Report of the Indian Hemp Drugs Commission, 1894-1895 - Volume VI
Year: 1894
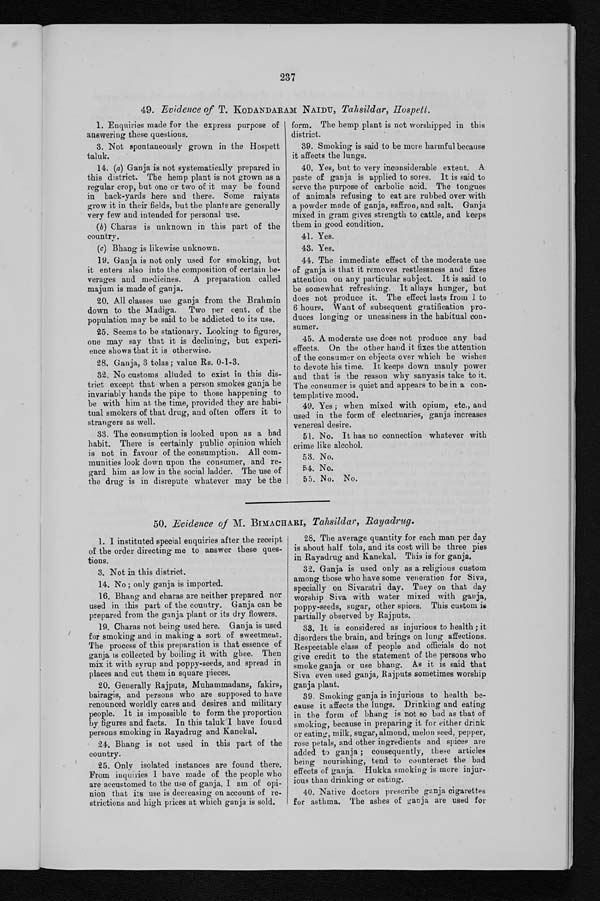
237
49. Evidence of T. KODANDARAM NAIDU, Tahsildar, Hospett.
1. Enquiries made for the express purpose of
answering these questions.
3. Not spontaneously grown in the Hospett
taluk.
14. (a) Ganja is not systematically prepared in
this district. The hemp plant is not grown as a
regular crop, but one or two of it may be found
in back-yards here and there. Some raiyats
grow it in their fields, but the plants are generally
very few and intended for personal use.
(b) Charas is unknown in this part of the
country.
(c) Bhang is likewise unknown.
19. Ganja is not only used for smoking, but
it enters also into the composition of certain be-
verages and medicines. A preparation called
majum is made of ganja.
20. All classes use ganja from the Brahmin
down to the Madiga. Two per cent. of the
population may be said to be addicted to its use.
25. Seems to be stationary. Looking to figures,
one may say that it is declining, but experi-
ence shows that it is otherwise.
28. Ganja, 3 tolas; value Rs. 0-1-3.
32. No customs alluded to exist in this dis-
trict except that when a person smokes ganja he
invariably hands the pipe to those happening to
be with him at the time, provided they are habi-
tual smokers of that drug, and often offers it to
strangers as well.
33. The consumption is looked upon as a bad
habit. There is certainly public opinion which
is not in favour of the consumption. All com-
munities look down upon the consumer, and re-
gard him as low in the social ladder. The use of
the drug is in disrepute whatever may be the
form. The hemp plant is not worshipped in this
district.
39. Smoking is said to be more harmful because
it affects the lungs.
40. Yes, but to very inconsiderable extent. A
paste of ganja is applied to sores. It is said to
serve the purpose of carbolic acid. The tongues
of animals refusing to eat are rubbed over with
a powder made of ganja, saffron, and salt. Ganja
mixed in gram gives strength to cattle, and keeps
them in good condition.
41. Yes.
43. Yes.
44. The immediate effect of the moderate use
of ganja is that it removes restlessness and fixes
attention on any particular subject. It is said to
be somewhat refreshing. It allays hunger, but
does not produce it. The effect lasts from 1 to
6 hours. Want of subsequent gratification pro-
duces longing or uneasiness in the habitual con-
sumer.
45. A moderate use does not produce any bad
effects. On the other hand it fixes the attention
of the consumer on objects over which he wishes
to devote his time. It keeps down manly power
and that is the reason why sanyasis take to it.
The consumer is quiet and appears to be in a con-
templative mood.
49. Yes ; when mixed with opium, etc., and
used in the form of electuaries, ganja increases
venereal desire.
51. No. It has no connection whatever with
crime like alcohol.
53. No.
54. No.
55. No. No.
50. Evidence of M. BIMACHARI, Tahsildar, Rayadrug.
1. I instituted special enquiries after the receipt
of the order directing me to answer these ques-
tions.
3. Not in this district.
14. No ; only ganja is imported.
16. Bhang and Charas are neither prepared nor
used in this part of the country. Ganja can be
prepared from the ganja plant or its dry flowers.
19. Charas not being used here. Ganja is used
for smoking and in making a sort of sweetmeat.
The process of this preparation is that essence of
ganja is collected by boiling it with ghee. Then
mix it with syrup and poppy-seeds, and spread in
places and cut them in square pieces.
20. Generally Rajputs, Muhammadans, fakirs,
bairagis, and persons who are supposed to have
renounced worldly cares and desires and military
people. It is impossible to form the proportion
by figures and facts. In this taluk I have found
persons smoking in Rayadrug and Kanekal.
24. Bhang is not used in this part of the
country.
25. Only isolated instances are found there.
From inquiries I have made of the people who
are accustomed to the use of ganja, I am of opi-
nion that its use is decreasing on account of re-
strictions and high prices at which ganja is sold.
28. The average quantity for each man per day
is about half tola, and its cost will be three pies
in Rayadrug and Kanekal. This is for ganja.
32. Ganja is used only as a religious custom
among those who have some veneration for siva,
specially on Sivaratri day. They on that day
worship Siva with water mixed with ganja,
poppy-seeds, sugar, other spices. This custom
is partially observed by Rajputs.
33. It is considered as injurious to health ; it
disorders the brain, and brings on lung affections.
Respectable class of people and officials do not
give credit to the statement of the persons who
smoke ganja or use bhang. As it is said that
Siva even used ganja, Rajputs sometimes worship
ganja plant.
39. Smoking ganja is injurious to health be-
cause it affects the lungs. Drinking and eating
in the form of bhang is not so bad as that of
smoking, because in preparing it for either drink
or eating, milk, sugar, almond, melon seed, pepper,
rose petals, and other ingredients and spices are
added to ganja ; consequently, these articles
being nourishing, tend to counteract the bad
effects of ganja. Hukka smoking is more injur-
ious than drinking or eating.
40. Native doctors prescribe ganja cigarettes
for asthma. The ashes of ganja are used for